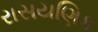
રાસયણિક